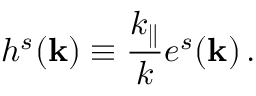
h ^ { s } ( { \bf k } ) \equiv \frac { k _ { \parallel } } { k } e ^ { s } ( { \bf k } ) \, .